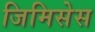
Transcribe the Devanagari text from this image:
जिमिसेस